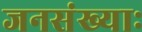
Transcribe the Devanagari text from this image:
जनसंख्याः